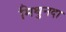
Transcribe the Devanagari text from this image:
मिथुनदा